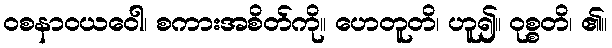
ဝစနာဝယဝေါ၊ စကားအစိတ်ကို။ ဟေတူတိ၊ ဟူ၍။ ဝုစ္စတိ၊ ၏။